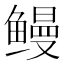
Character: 鳗